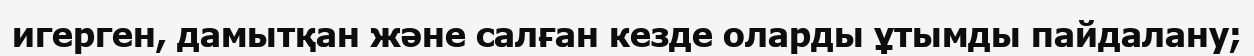
игерген, дамытқан және салған кезде оларды ұтымды пайдалану;